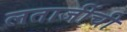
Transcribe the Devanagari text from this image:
लताजींची